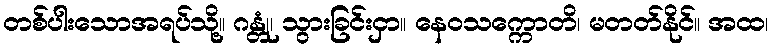
တစ်ပါးသောအရပ်သို့။ ဂန္တုံ၊ သွားခြင်းငှာ။ နေဝသက္ကောတိ၊ မတတ်နိုင်။ အထ၊